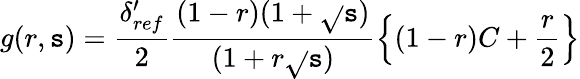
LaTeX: g(r,\mathtt{s})=\frac{{\delta_{ref}^{\prime}}}{{2}}\frac{{(1-r)(1+\sqrt{}{{\mathtt{s}}})}}{{(1+r\sqrt{}{{\mathtt{s}}})}}\left\{ (1-r)C+\frac{{r}}{{2}}\right\}